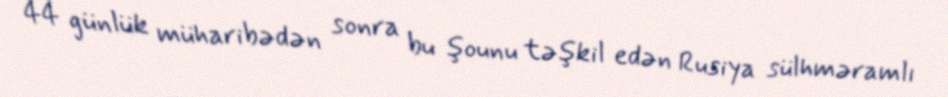
44 günlük müharibədən sonra bu şounu təşkil edən Rusiya sülhməramlı